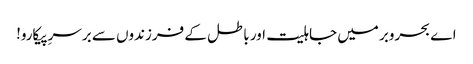
اے بحروبر میں جاہلیت اور باطل کے فرزندوں سے برسرِپیکارو!